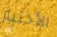
الأختبار